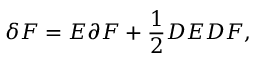
\delta F = E \partial F + \frac { 1 } { 2 } D E D F ,